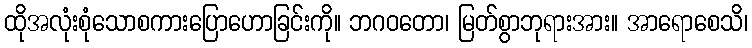
ထိုအလုံးစုံသောစကားပြောဟောခြင်းကို။ ဘဂဝတော၊ မြတ်စွာဘုရားအား။ အာရောစေသိ၊